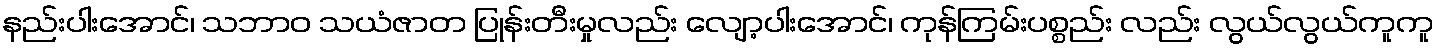
နည်းပါးအောင်၊ သဘာဝ သယံဇာတ ပြုန်းတီးမှုလည်း လျော့ပါးအောင်၊ ကုန်ကြမ်းပစ္စည်း လည်း လွယ်လွယ်ကူကူ